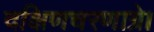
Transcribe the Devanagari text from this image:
दक्षिणचरणाग्रे।